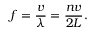
f = { \frac { v } { \lambda } } = { \frac { n v } { 2 L } } .